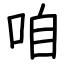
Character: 咱